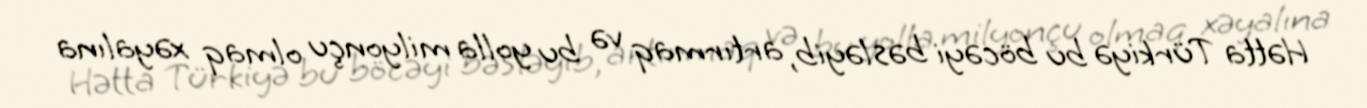
Hətta Türkiyə bu böcəyi bəsləyib, artırmaq və bu yolla milyonçu olmaq xəyalına